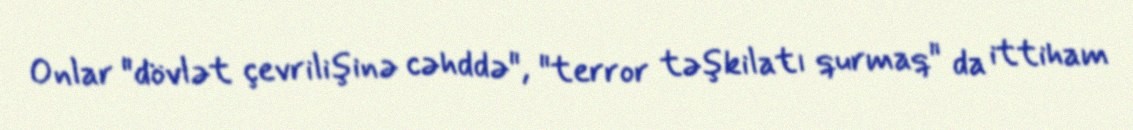
Onlar "dövlət çevrilişinə cəhddə", "terror təşkilatı qurmaq" da ittiham